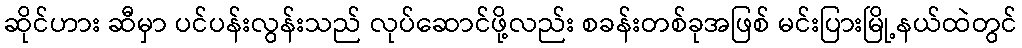
ဆိုင်ဟား ဆီမှာ ပင်ပန်းလွန်းသည် လုပ်ဆောင်ဖို့လည်း စခန်းတစ်ခုအဖြစ် မင်းပြားမြို့နယ်ထဲတွင်